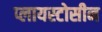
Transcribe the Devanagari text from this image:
प्लायस्टोसीन